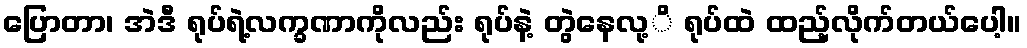
ပြောတာ၊ အဲဒီ ရုပ်ရဲ့လက္ခဏာကိုလည်း ရုပ်နဲ့ တွဲနေလု့ိ ရုပ်ထဲ ထည့်လိုက်တယ်ပေါ့။